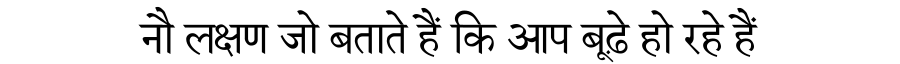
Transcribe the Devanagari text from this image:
नौ लक्षण जो बताते हैं कि आप बूढ़े हो रहे हैं